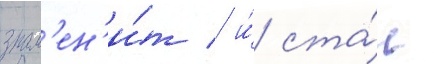
знам'ен'и́т / и́ ста́л